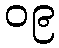
၀၉